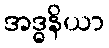
အဒ္ဓနိယာ